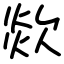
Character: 欻